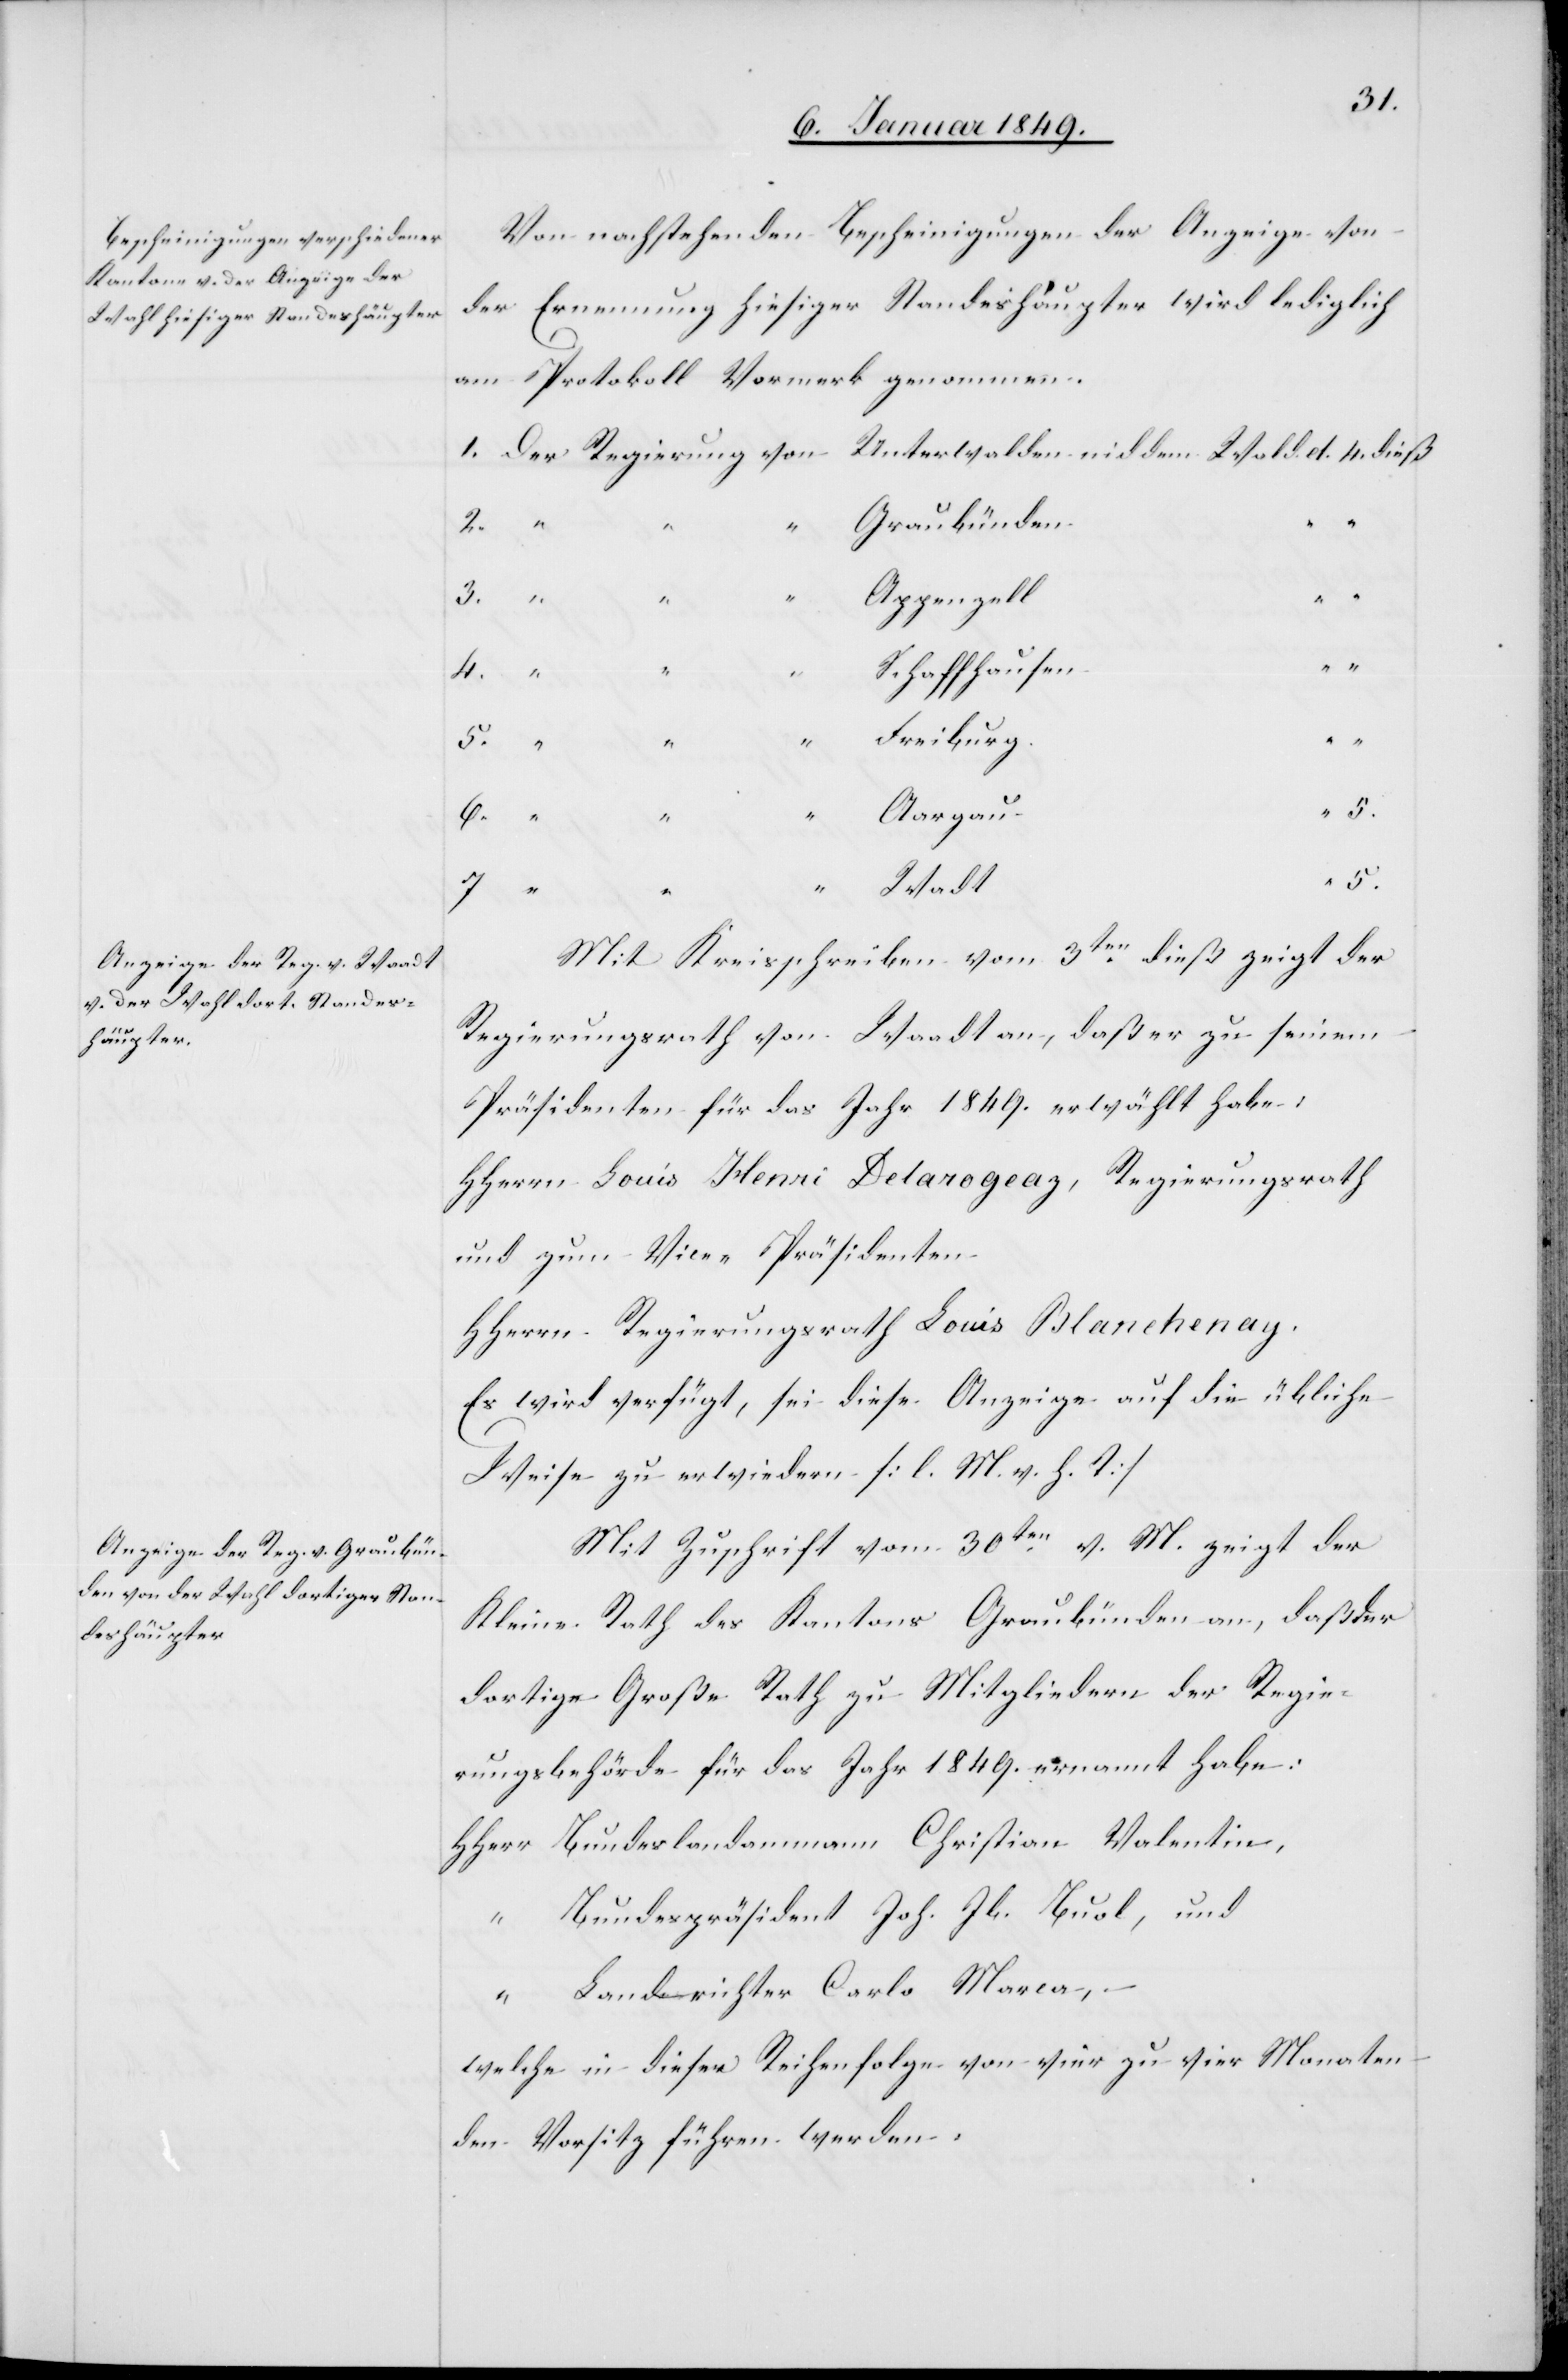
8. Januar 1849.]
Von nachstehenden Bescheinigungen der Anzeige von
der Ernennung hiesiger Standeshäupter wird lediglich
am Protokoll Vormerk genommen.
Unterwalden nid dem Wald d. 4. dieß
1. Der Regierung von
2. “
Graubünden
3.
Appenzell
4. “
“
Schaffhausen
Freiburg
Aargau
5.
“ Wadt
5.
Mit Kreisschreiben vom 3ten. dieß zeigt der
Regierungsrath von Waadt an, daß er zu seinem
Präsidenten für das Jahr 1849. erwählt habe:
HHerrn Louis Henri Delarogeaz, Regierungsrath
und zum Vice-Präsidenten
HHerrn Regierungsrath Louis Blanchenay.
Es wird verfügt, sei diese Anzeige auf die übliche
Weise zu erwiedern [l. M. v. h. T]
Mit Zuschrift vom 30ten. v. M. zeigt der
Kleine Rath des Kantons Graubünden an, daß der
dortige Große Rath zu Mitgliedern der Regie¬
rungsbehörde für das Jahr 1849. ernannt habe:
HHerr Bundeslandammann Christian Valentin,
“ Bundespräsident Joh. Jb. Buol, und
6.
“ Landrichter Carlo Marca,
welche in dieser Reihenfolge von vier zu vier Monaten
den Vorsitz führen werden.